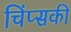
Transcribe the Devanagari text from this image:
चिंप्सकी